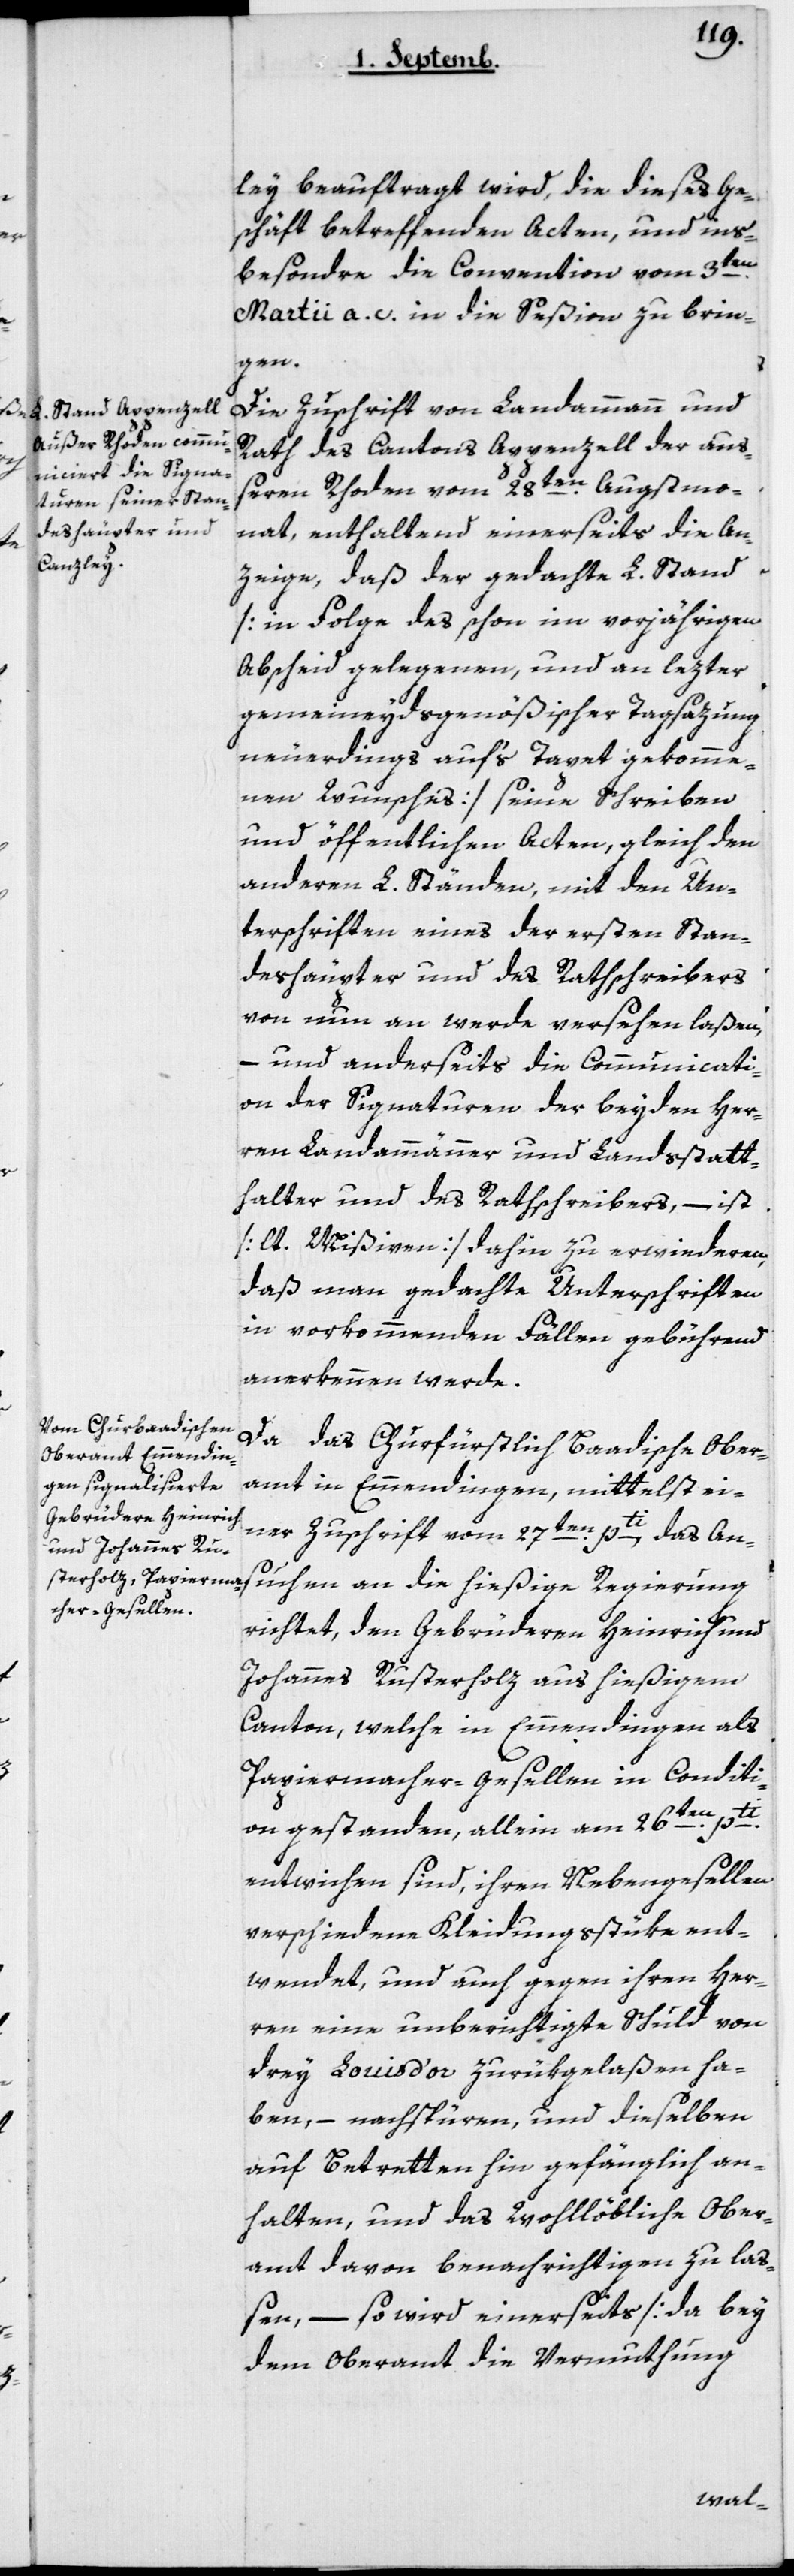
ley beauftragt wird, die dieses Ge¬
schäft betreffenden Acten und ins¬
besondere die Convention vom 3ten
Martii a.c. in die Seßion zu brin¬
gen.
Die Zuschrift von Landammann und
Rath des Cantons Appenzell der auß¬
eren Rhoden vom 28ten Augstmo¬
nat, enthaltend einerseits die An¬
zeige, daß der gedachte L. Stand
[in Folge des schon im vorjährigen
Abscheid gelegenen, und an lezter
gemeineydsgenößischer Tagsazung
neuerdings auf’s Tapet gekomme¬
nen Wunsches] seine Schreiben
und öffentlichen Acten, gleich den
anderen L. Ständen, mit den Un¬
terschriften eines der ersten Stan¬
deshäupter und des Rathschreibers
von nun an werde versehen laßen,
– und anderseits die Communicati¬
on der Signaturen der beyden Her¬
ren Landammänner und Landsstatt¬
halter und des Rathschreibers, – ist
[lt. Mißiven] dahin zu erwiederen,
daß man gedachte Unterschriften
in vorkommenden Fällen gebührend
anerkennen werde.
Da das Churfürstlich badische Ober¬
amt in Emmendingen, mittelst ei¬
ner Zuschrift vom 27ten pti, das An¬
suchen an die hießige Regierung
richtet, den Gebrüderen Heinrich und
Johannes Rusterholz aus hießigem
Canton, welche in Emmendingen als
Papiermacher-Gesellen in Conditi¬
on gestanden, allein am 26ten pti
entwichen sind, ihren Nebengesellen
verschiedene Kleidungsstüke ent¬
wendet, und auch gegen ihren Her¬
ren eine unberichtigte Schuld von
drey Louis d’or zurükgelaßen ha¬
ben, – nachspüren, und dieselben
auf Betretten hin gefänglich an¬
halten, und das wohllöbliche Ober¬
amt davon benachrichtigen zu laß¬
en, – so wird einerseits [da bey
dem Oberamt die Vermuthung